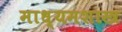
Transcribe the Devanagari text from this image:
माध्यमशास्त्र